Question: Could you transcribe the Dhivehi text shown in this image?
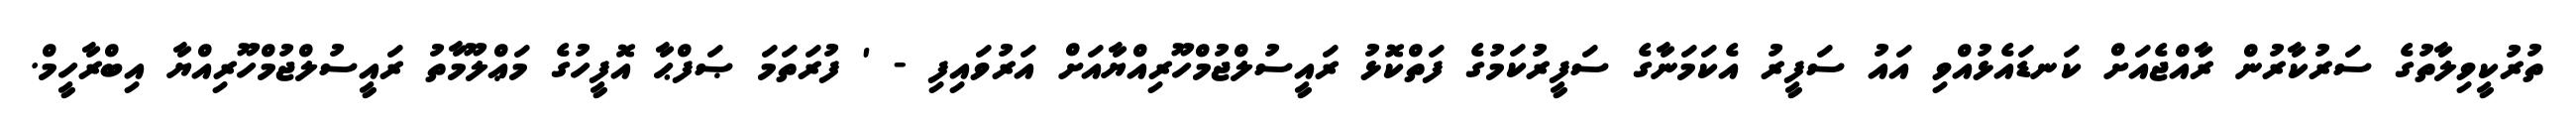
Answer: ތުރުކީވިލާތުގެ ސަރުކާރުން ރާއްޖެއަށް ކަނޑައެޅުއްވި އައު ސަފީރު އެކަމަނާގެ ސަފީރުކަމުގެ ފަތްކޮޅު ރައީސުލްޖުމްހޫރިއްޔާއަށް އަރުވައިފި - ' ފުރަތަމަ ޞަފްޙާ އޮފީހުގެ މަޢްލޫމާތު ރައީސުލްޖުމްހޫރިއްޔާ އިބްރާހީމް.